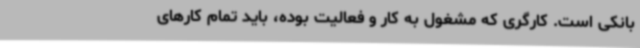
بانکی‌ است. کارگری که مشغول به کار و فعالیت بوده، باید تمام کارهای